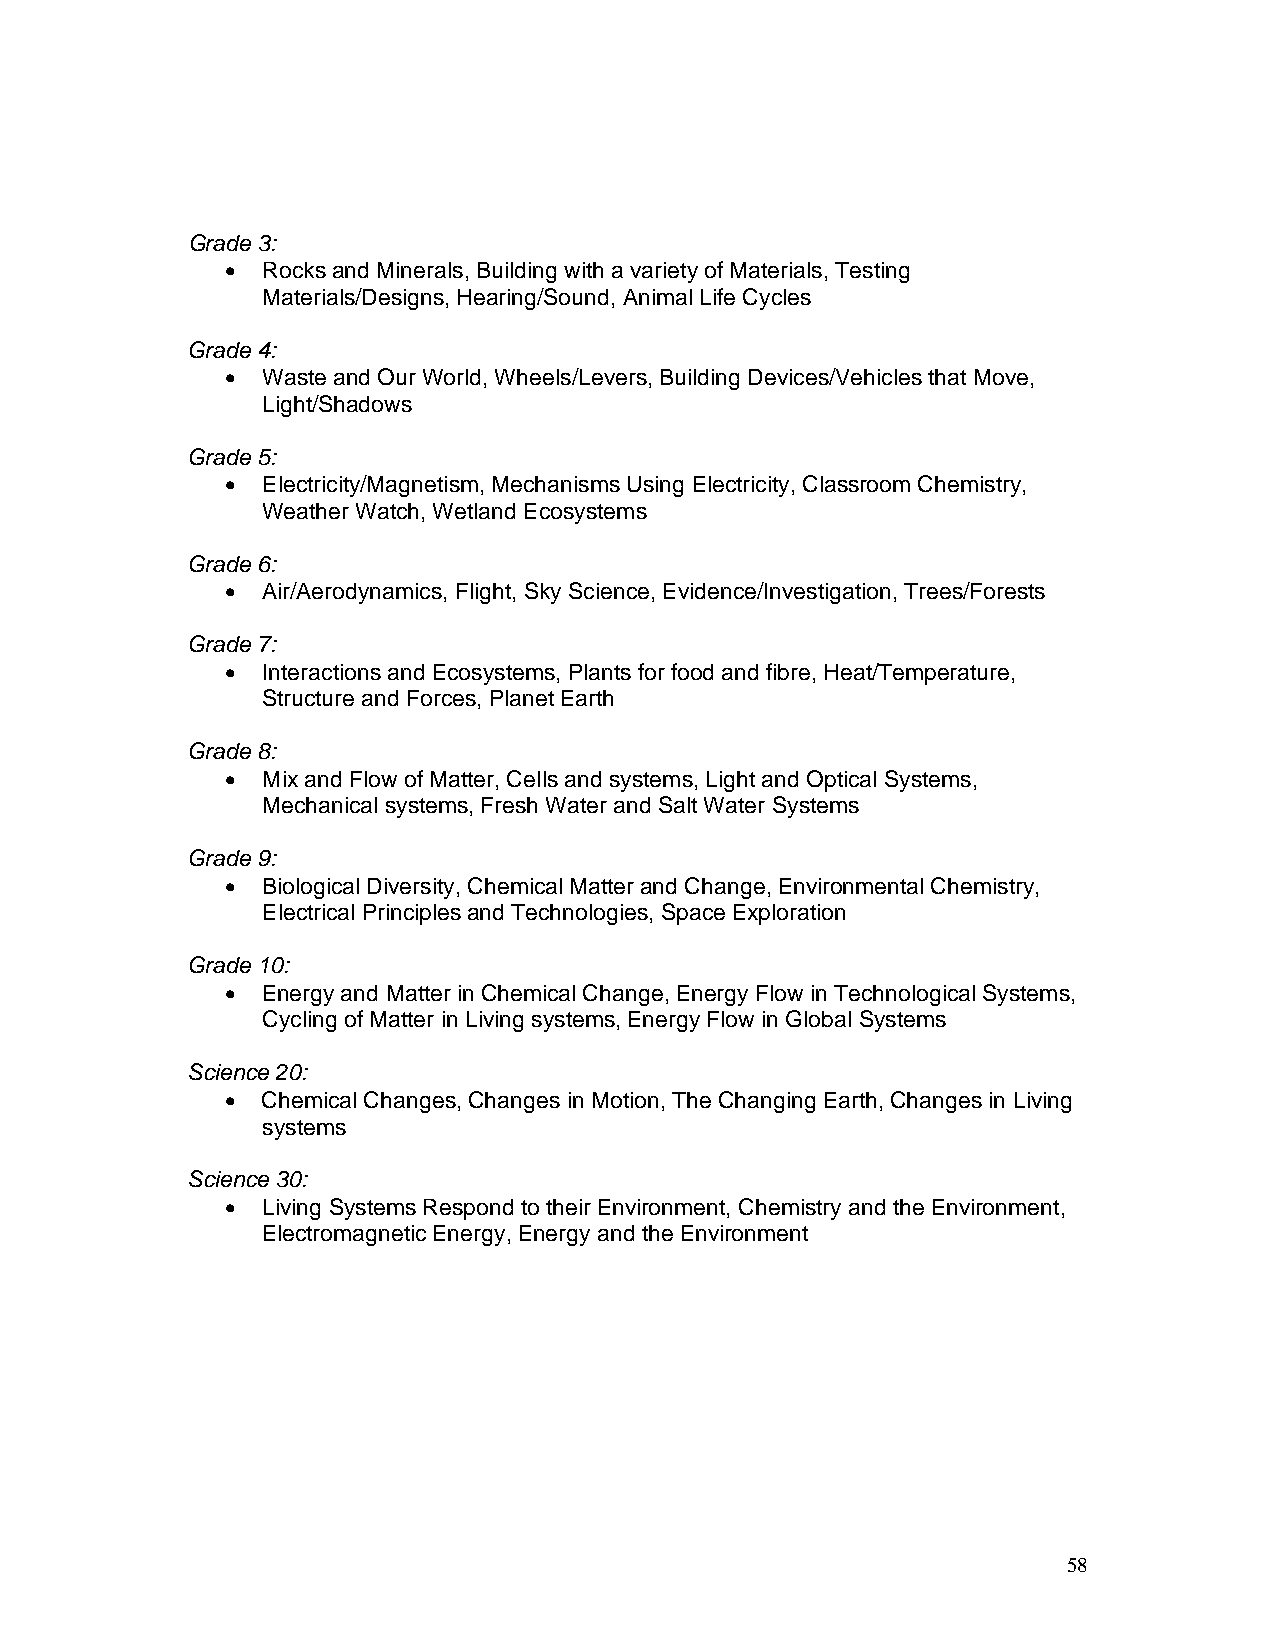
Grade 3:
 • Rocks and Minerals, Building with a variety of Materials, Testing
 Materials/Designs, Hearing/Sound, Animal Life Cycles
 Grade 4:
 • Waste and Our World, Wheels/Levers, Building Devices/Vehicles that Move,
 Light/Shadows
 Grade 5:
 • Electricity/Magnetism, Mechanisms Using Electricity, Classroom Chemistry,
 Weather Watch, Wetland Ecosystems
 Grade 6:
 • Air/Aerodynamics, Flight, Sky Science, Evidence/Investigation, Trees/Forests
 Grade 7:
 • Interactions and Ecosystems, Plants for food and fibre, Heat/Temperature,
 Structure and Forces, Planet Earth
 Grade 8:
 • Mix and Flow of Matter, Cells and systems, Light and Optical Systems,
 Mechanical systems, Fresh Water and Salt Water Systems
 Grade 9:
 • Biological Diversity, Chemical Matter and Change, Environmental Chemistry,
 Electrical Principles and Technologies, Space Exploration
 Grade 10:
 • Energy and Matter in Chemical Change, Energy Flow in Technological Systems,
 Cycling of Matter in Living systems, Energy Flow in Global Systems
 Science 20:
 • Chemical Changes, Changes in Motion, The Changing Earth, Changes in Living
 systems
 Science 30:
 • Living Systems Respond to their Environment, Chemistry and the Environment,
 Electromagnetic Energy, Energy and the Environment
 58